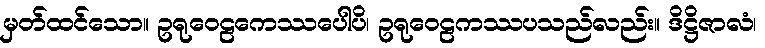
မှတ်ထင်သော။ ဥရုဝေဠကေဿပေါပိ၊ ဥရုဝေဠကဿပသည်လည်း။ ဒိဋ္ဌိဇာလံ၊